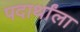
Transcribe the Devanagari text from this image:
पदार्थांला